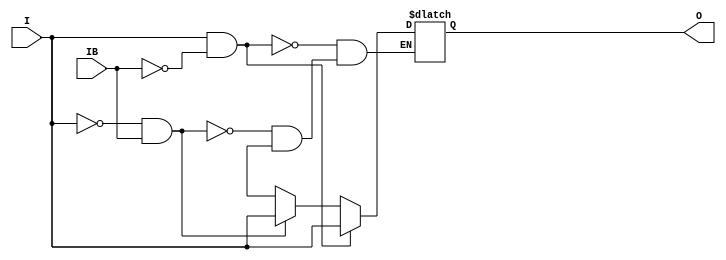
// This program was cloned from: https://github.com/jhshi/openofdm
// License: Apache License 2.0

// $Header: /devl/xcs/repo/env/Databases/CAEInterfaces/verunilibs/data/unisims/IBUFDS_LVDSEXT_25_DCI.v,v 1.7 2008/05/15 21:26:52 fphillip Exp $
///////////////////////////////////////////////////////////////////////////////
// Copyright (c) 1995/2004 Xilinx, Inc.
// All Right Reserved.
///////////////////////////////////////////////////////////////////////////////
//   ____  ____
//  /   /\/   /
// /___/  \  /    Vendor : Xilinx
// \   \   \/     Version : 10.1
//  \   \         Description : Xilinx Functional Simulation Library Component
//  /   /                  Differential Signaling Input Buffer with LVDSEXT_25_DCI I/O Standard
// /___/   /\     Filename : IBUFDS_LVDSEXT_25_DCI.v
// \   \  /  \    Timestamp : Thu Mar 25 16:42:23 PST 2004
//  \___\/\___\
//
// Revision:
//    03/23/04 - Initial version.
//    05/23/07 - Changed timescale to 1 ps / 1 ps.
//    05/13/08 - CR 458290 -- Added else condition to handle x case.
// End Revision

`timescale  1 ps / 1 ps


module IBUFDS_LVDSEXT_25_DCI (O, I, IB);

    output O;

    input  I, IB;

    reg o_out;

    buf b_0 (O, o_out);

    always @(I or IB) begin
	if (I == 1'b1 && IB == 1'b0)
	    o_out <= I;
	else if (I == 1'b0 && IB == 1'b1)
	    o_out <= I;
        else if (I == 1'bx || IB == 1'bx)
            o_out <= 1'bx;
    end


endmodule